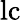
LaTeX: \mathrm{lc}